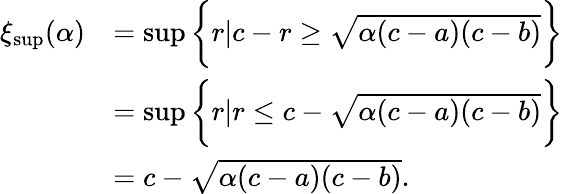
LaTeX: \begin{array}{rl}{\xi_{\operatorname*{sup}}(\alpha)}&{=\operatorname*{sup}\bigg\{ r|c-r\geq\sqrt{\alpha(c-a)(c-b)}\bigg\} }\\ &{=\operatorname*{sup}\bigg\{ r|r\leq c-\sqrt{\alpha(c-a)(c-b)}\bigg\} }\\ &{=c-\sqrt{\alpha(c-a)(c-b)}.}\end{array}